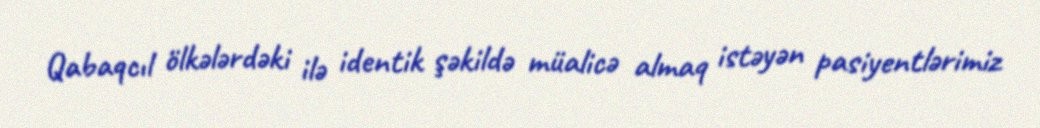
Qabaqcıl ölkələrdəki ilə identik şəkildə müalicə almaq istəyən pasiyentlərimiz